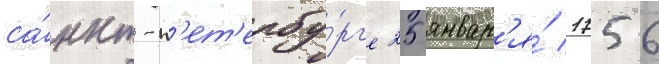
са́нкт-п'ет'ербу́рг'е 25 январ'я́ 1756